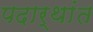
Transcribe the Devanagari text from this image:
पदार्थांंत